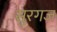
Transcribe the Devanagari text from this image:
सुरगज